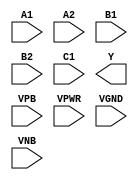
module sky130_fd_sc_ls__o221ai (
    //# {{data|Data Signals}}
    input  A1  ,
    input  A2  ,
    input  B1  ,
    input  B2  ,
    input  C1  ,
    output Y   ,

    //# {{power|Power}}
    input  VPB ,
    input  VPWR,
    input  VGND,
    input  VNB
);
endmodule